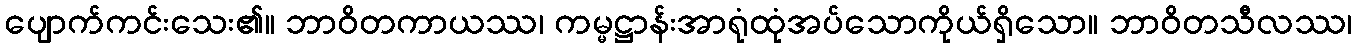
ပျောက်ကင်းသေး၏။ ဘာဝိတကာယဿ၊ ကမ္မဋ္ဌာန်းအာရုံထုံအပ်သောကိုယ်ရှိသော။ ဘာဝိတသီလဿ၊